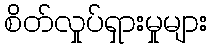
စိတ်လှုပ်ရှားမှုများ